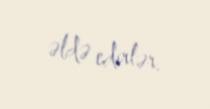
əldə edirlər.